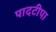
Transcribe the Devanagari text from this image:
पादटीपा